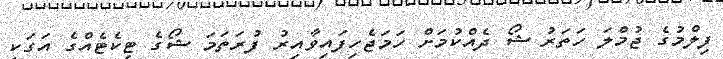
ފިލްމުގެ ޖުމްލަ ހަތަރު ޝޯ ދެއްކުމަށް ހަމަޖެހިފައިވާއިރު ފުރަތަމަ ޝޯގެ ޓިކެޓެއްގެ އަގަކީ